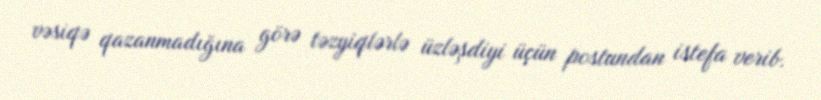
vəsiqə qazanmadığına görə təzyiqlərlə üzləşdiyi üçün postundan istefa verib.